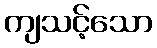
ကျသင့်သော